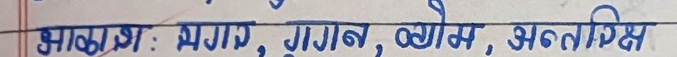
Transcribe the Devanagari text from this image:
आकाश : अगाड़, गुगन, व्योम, अन्तरिक्ष